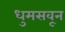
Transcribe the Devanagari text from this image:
धुमसवून